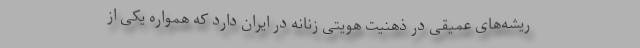
ریشه‌های عمیقی در ذهنیت هویتی زنانه در ایران دارد که همواره یکی از